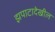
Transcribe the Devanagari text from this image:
झपाटादेखील